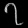
Digit: ၇